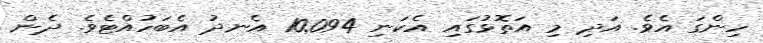
ހިންގަ އެވެ. އަދި މި އަތޮޅުގައި އެކަނި 10